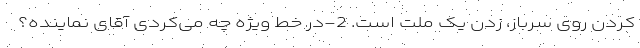
کردن روی سرباز، زدن یک ملت است. 2-در خط ویژه چه می‌کردی آقای نماینده؟